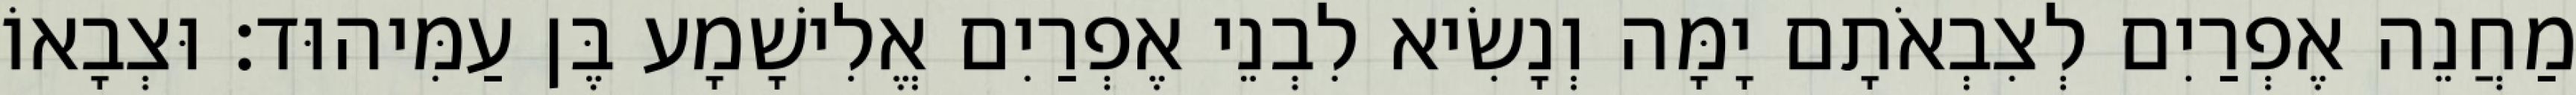
מַחֲנֵה אֶפְרַיִם לְצִבְאֹתָם יָמָּה וְנָשִׂיא לִבְנֵי אֶפְרַיִם אֱלִישָׁמָע בֶּן עַמִּיהוּד׃ וּצְבָאוֹ